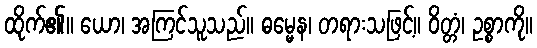
ထိုက်၏။ ယော၊ အကြင်သူသည်။ ဓမ္မေန၊ တရားသဖြင့်။ ဝိတ္တံ၊ ဥစ္စာကို။